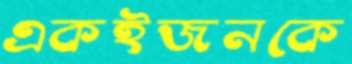
একইজনকে